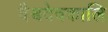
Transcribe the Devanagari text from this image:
वैश्वदेवकालि